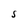
Character: S